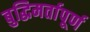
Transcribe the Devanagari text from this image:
बुद्धिमर्तापूर्ण